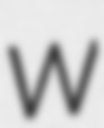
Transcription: W